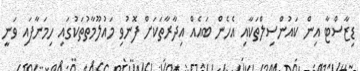
ޑިޒާސްޓާ އިން ކައުންސިލްތަކާއި އެހެން ބައެއް އިދާރާތަކަށް ފޮނުވި މައުލޫމާތުތަކުގައި ހިމަނާފައި ވަނީ